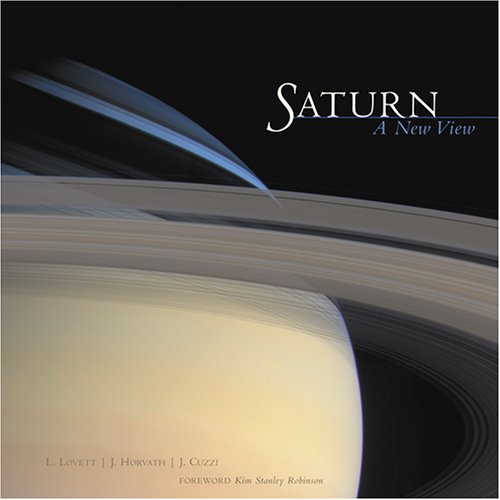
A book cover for Saturn: A New View; Laura Lovett; Science & Math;